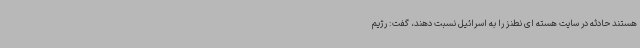
هستند حادثه در سایت هسته ای نطنز را به اسرائیل نسبت دهند، گفت: رژیم